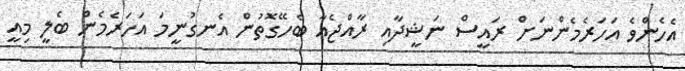
އެހެންވެ އަހަރެމެންނަށް ރައީސް ނަޝީދާއި ރާއްޖެއާ ބެހޭގޮތުން އެނގުނީމަ އަހަރެމެން ބެލީ މިއީ